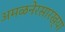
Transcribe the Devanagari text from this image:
अमळनेरसारख्या